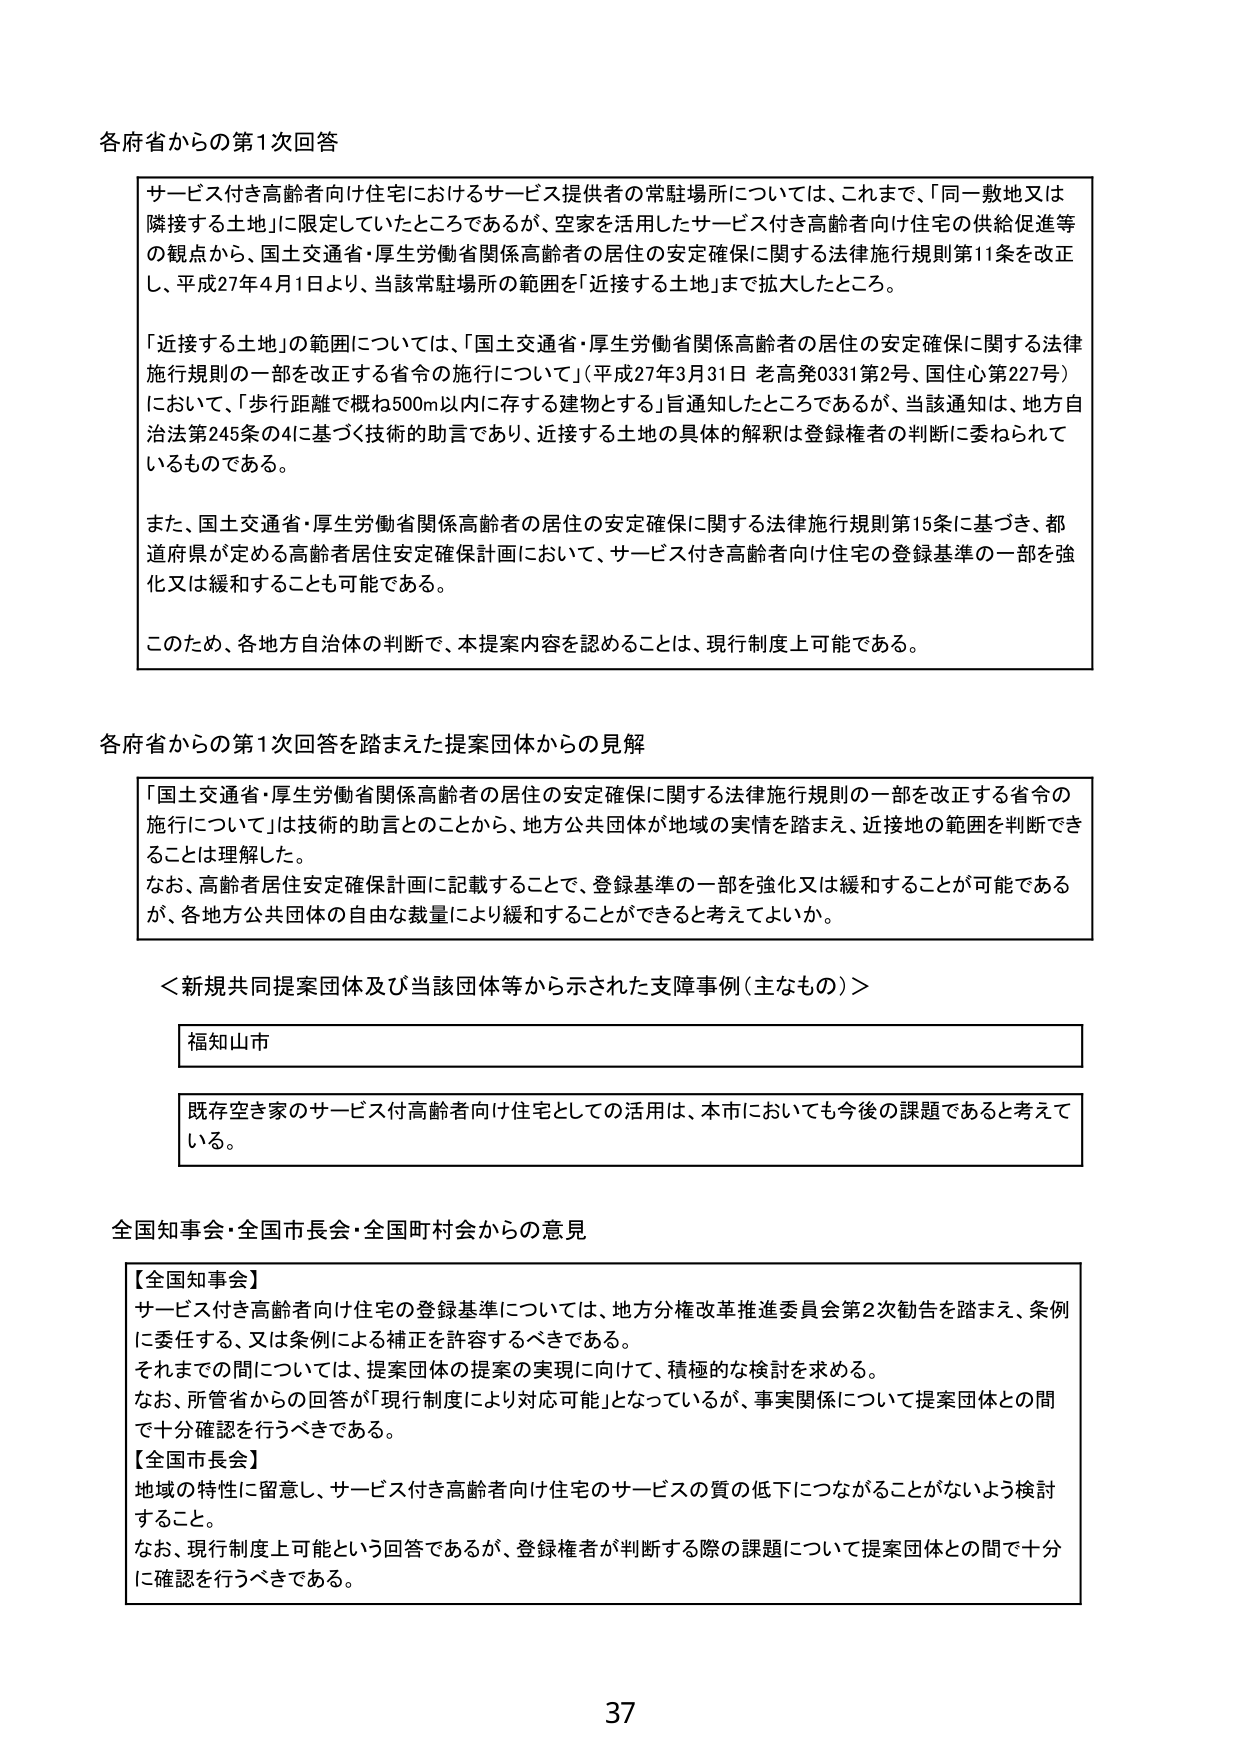
各府省からの第1次回答

サービス付き高齢者向け住宅におけるサービス提供者の常駐場所については、これまで、「同一敷地又は隣接する土地」に限定していたところであるが、空家を活用したサービス付き高齢者向け住宅の供給促進等の観点から、国土交通省・厚生労働省関係高齢者の居住の安定確保に関する法律施行規則第11条を改正し、平成27年4月1日より、当該常駐場所の範囲を「近接する土地」まで拡大したところ。

「近接する土地」の範囲については、「国土交通省・厚生労働省関係高齢者の居住の安定確保に関する法律施行規則の一部を改正する省令の施行について」（平成27年3月31日 老高発0331第2号、国住心第227号）において、「歩行距離で概ね500m以内に存する建物とする」旨通知したところであるが、当該通知は、地方自治法第245条の4に基づく技術的助言であり、近接する土地の具体的解釈は登録権者の判断に委ねられているものである。

また、国土交通省・厚生労働省関係高齢者の居住の安定確保に関する法律施行規則第15条に基づき、都道府県が定める高齢者居住安定確保計画において、サービス付き高齢者向け住宅の登録基準の一部を強化又は緩和することも可能である。

このため、各地方自治体の判断で、本提案内容を認めることは、現行制度上可能である。

各府省からの第1次回答を踏まえた提案団体からの見解

「国土交通省・厚生労働省関係高齢者の居住の安定確保に関する法律施行規則の一部を改正する省令の施行について」は技術的助言とのことから、地方公共団体が地域の実情を踏まえ、近接地の範囲を判断できることは理解した。
なお、高齢者居住安定確保計画に記載することで、登録基準の一部を強化又は緩和することが可能であるが、各地方公共団体の自由な裁量により緩和することができるかと考えてよいか。

＜新規共同提案団体及び当該団体等から示された支障事例（主なもの）＞

福知山市

既存空家をサービス付き高齢者向け住宅としての活用は、本市においても今後の課題であると考えている。

全国知事会・全国市長会・全国町村会からの意見

【全国知事会】
サービス付き高齢者向け住宅の登録基準については、地方分権改革推進委員会第2次勧告を踏まえ、条例に委任する、又は条例による補正を許容するべきである。
それまでの間については、提案団体の提案の実現に向けて、積極的な検討を求める。
なお、所管省からの回答が「現行制度により対応可能」となっているが、事実関係について提案団体との間で十分確認を行うべきである。

【全国市長会】
地域の特性に留意し、サービス付き高齢者向け住宅のサービスの質の低下につながることがないよう検討すること。
なお、現行制度上可能という回答であるが、登録権者が判断する際の課題について提案団体との間で十分に確認を行うべきである。

37